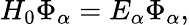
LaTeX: H_{0}\Phi_{\alpha}=E_{\alpha}\Phi_{\alpha},